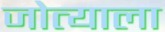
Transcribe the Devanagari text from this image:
जोत्याला